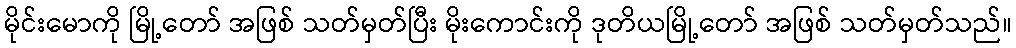
မိုင်းမောကို မြို့တော် အဖြစ် သတ်မှတ်ပြီး မိုးကောင်းကို ဒုတိယမြို့တော် အဖြစ် သတ်မှတ်သည်။